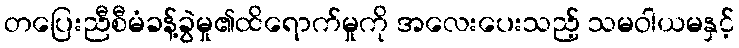
တပြေးညီစီမံခန့်ခွဲမှု၏ထိရောက်မှုကို အလေးပေးသည့် သမဝါယမနှင့်